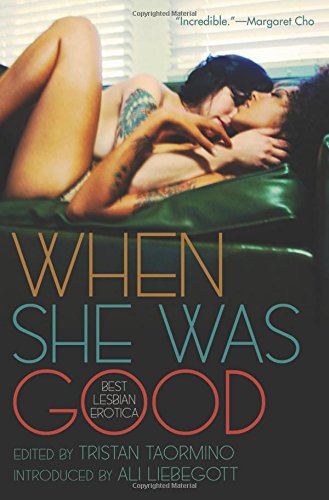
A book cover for When She Was Good: Best Lesbian Erotica; Romance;